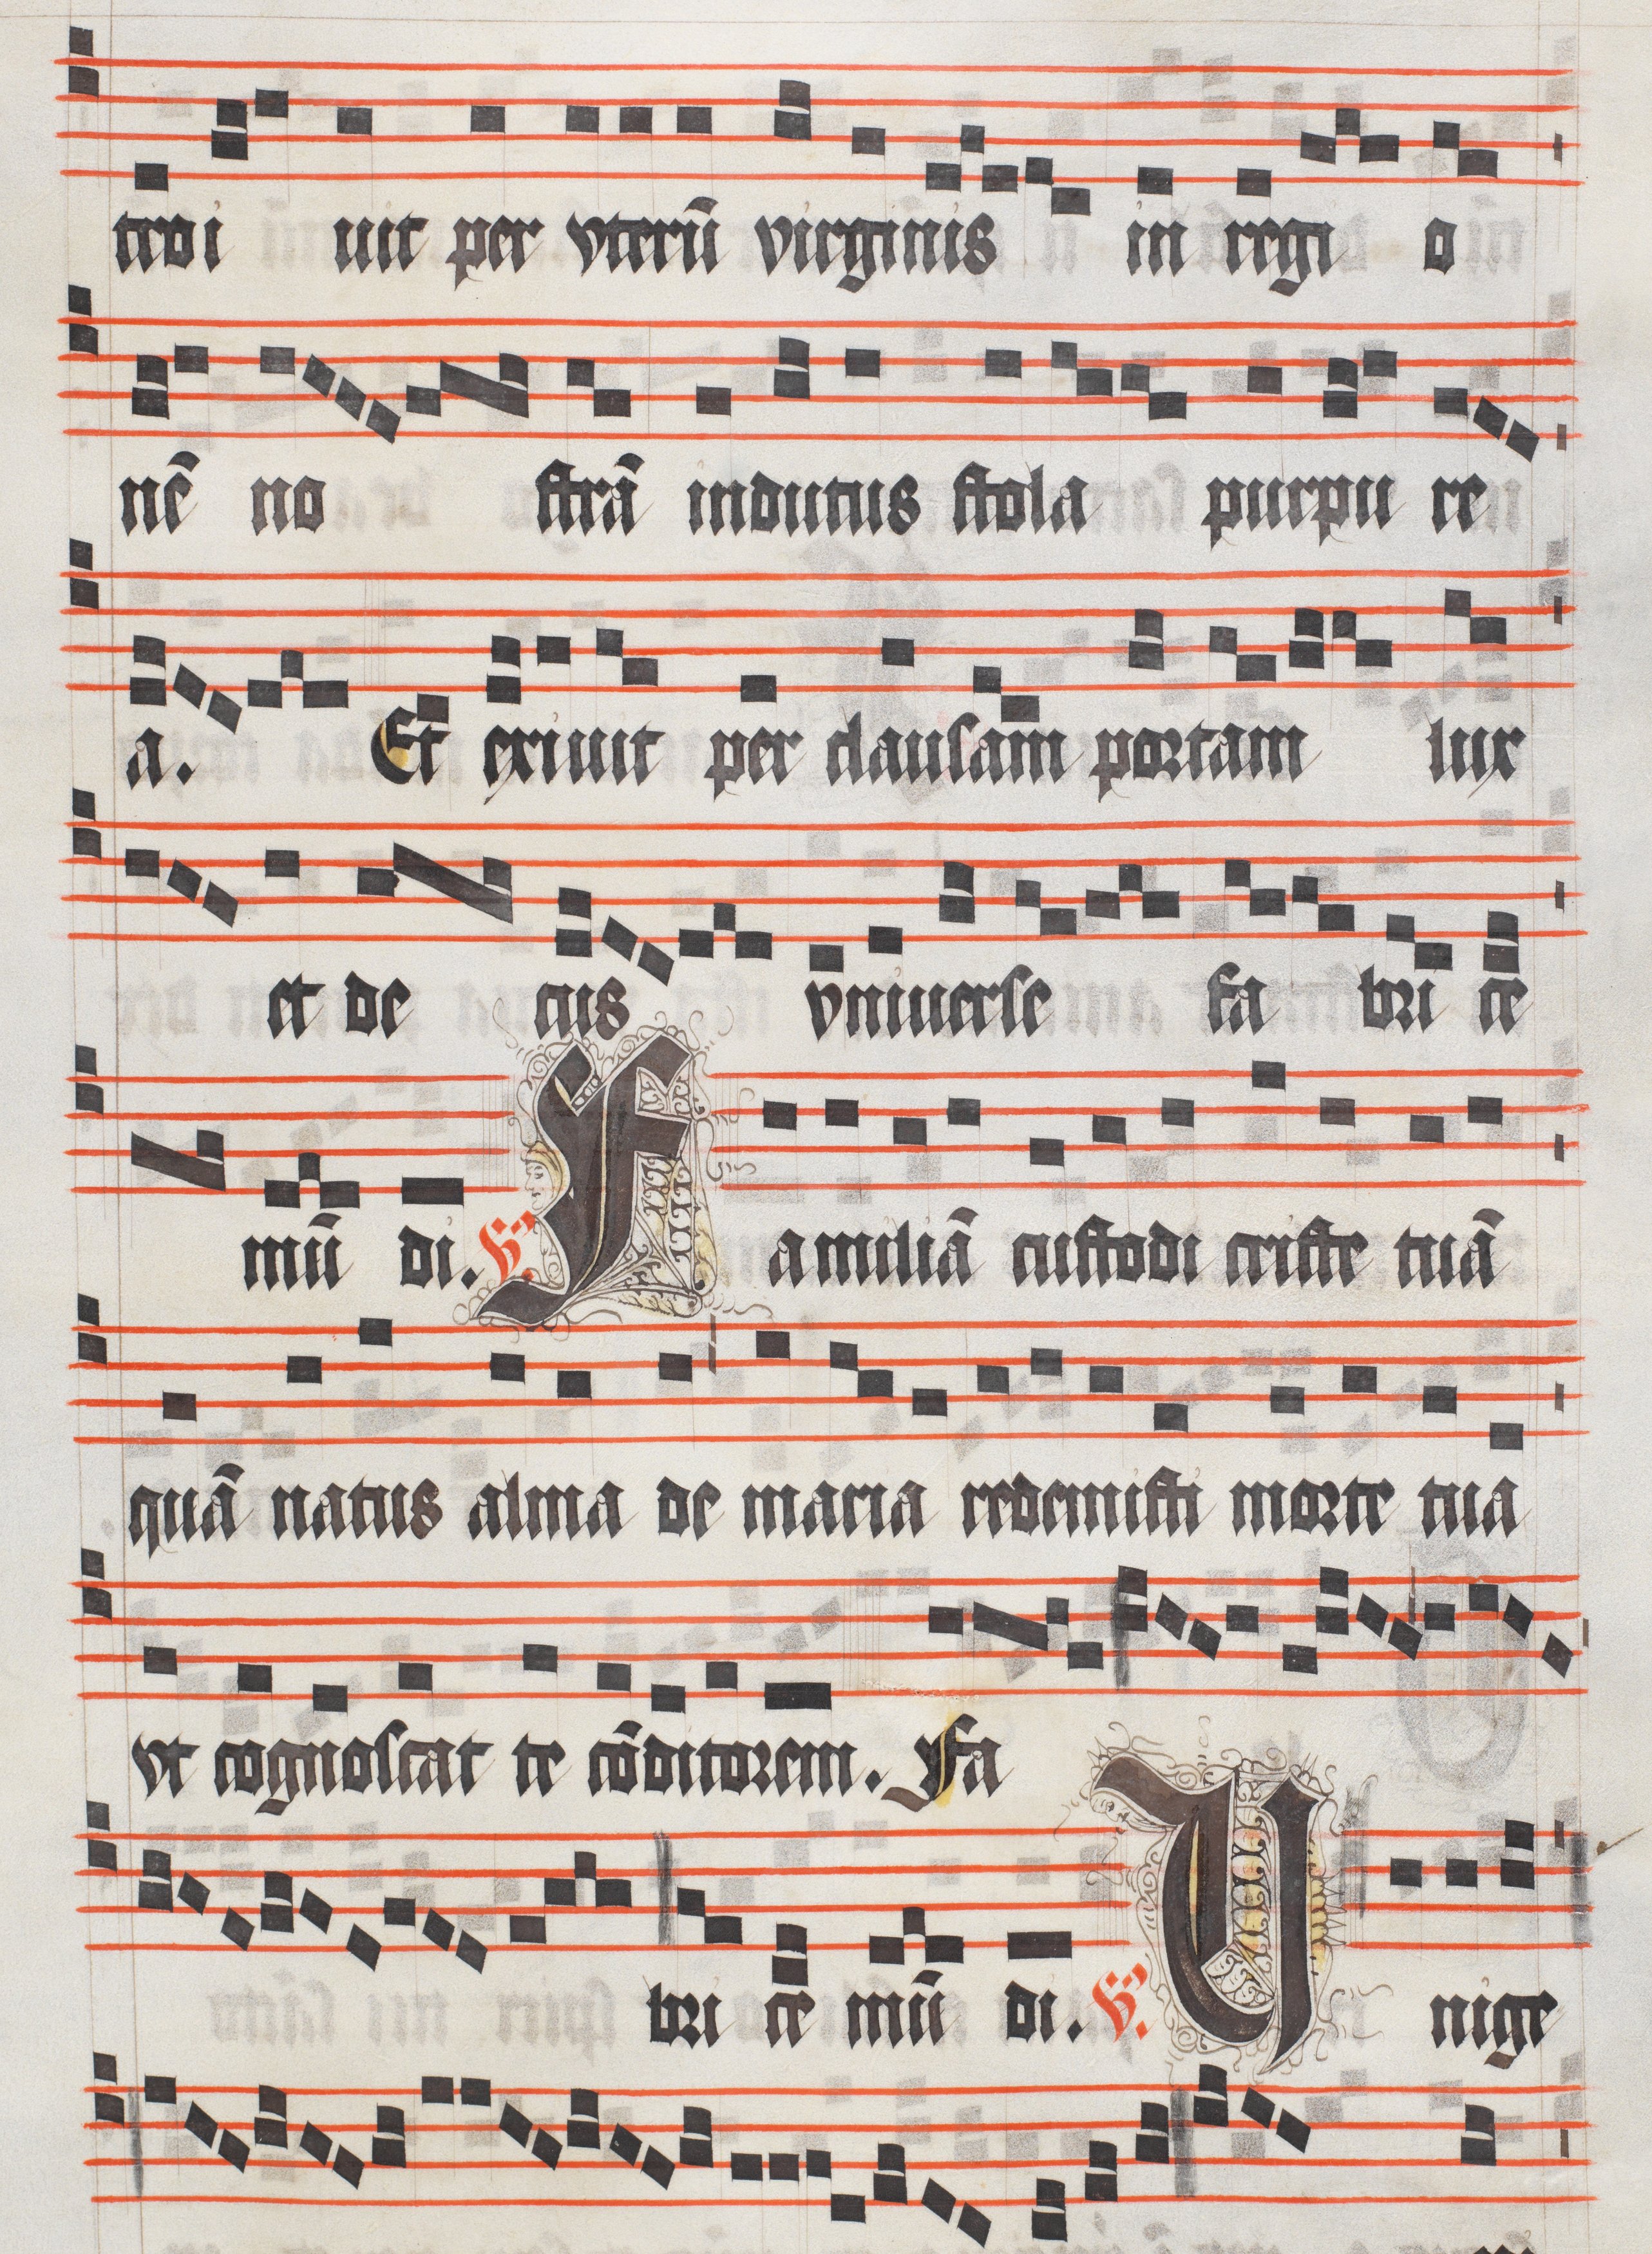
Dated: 1511–1517